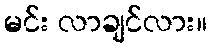
မင်း လာချင်လား။